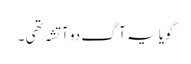
گویا یہ آگ دو آتشہ تھی ۔